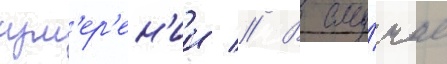
изм'ер'ен'ии // В слу́чае